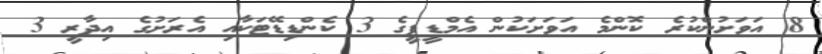
8 އަވަށުންކުރެ ކޮންމެ އަވަށަކުން އެމްޑީޕީގެ 3 ކެންޑިޑޭޓަކާއި އެރަށުގެ އިދާރީ 3